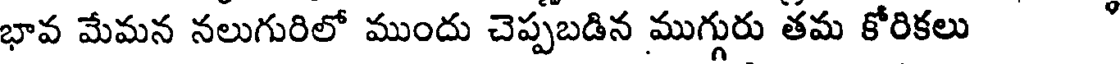
భావ మేమన నలుగురిలో ముందు చెప్పబడిన ముగ్గురు తమ కోరికలు